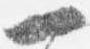
一